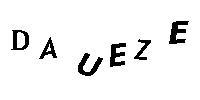
DAUEZE